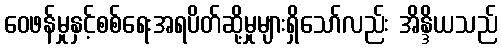
ဝေဖန်မှုနှင့်စစ်ရေးအရပိတ်ဆို့မှုများရှိသော်လည်း အိန္ဒိယသည်